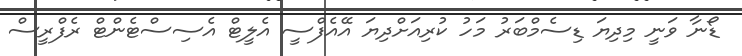
ޑޯނާ ވަނީ މިދިޔަ ޑިސެމްބަރު މަހު ކުރިއަށްދިޔަ އޭއެފްސީ އެލީޓް އެސިސްޓެންޓް ރެފްރީސް